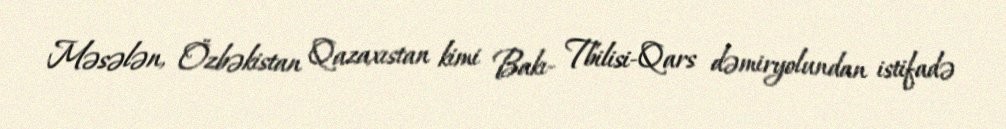
Məsələn, Özbəkistan Qazaxıstan kimi Bakı- Tbilisi-Qars dəmiryolundan istifadə